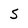
Character: s